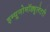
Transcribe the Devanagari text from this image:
इम्यूनोमॉड्यूलेटरी